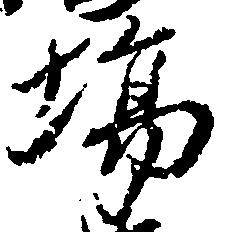
場